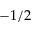
- 1 / 2